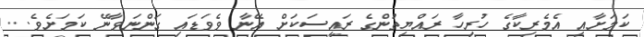
ކަމަށާއި އެމެރިކާގެ ހުރިހާ ރައްޔިތުންގެ ރައީސަކަށް އޭނާ ވެވަޑައި ގަންނަވާނޭ ކަމަށެވެ. ..